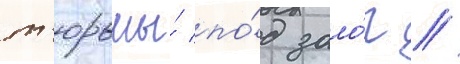
т'юрьмы́ по́д зало́г //